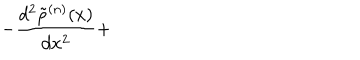
- \frac { d ^ { 2 } \tilde { \rho } ^ { ( n ) } ( x ) } { d x ^ { 2 } } +